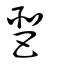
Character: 琶